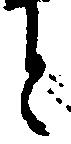
と